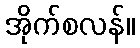
အိုက်စလန်။